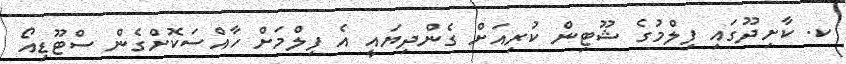
ކ. ކާށިދޫގައި ފިލްމުގެ ޝޫޓިން ކުރިއަށް ގެންދިޔައީ އެ ފިލްމަށް ހާއްސަކޮށްގެން ސްޓޫޑިއޯ